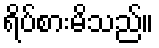
ရိပ်စားမိသည်။